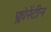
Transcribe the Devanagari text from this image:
फ्लोरेंटीन